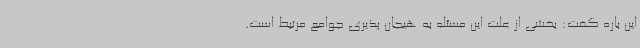
این باره گفت: بخشی از علت این مسئله به هیجان پذیری جوامع مرتبط است.